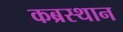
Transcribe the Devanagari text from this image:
कब्रस्थान